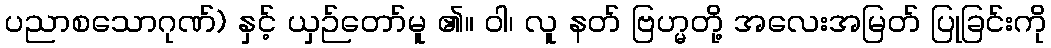
ပညာစသောဂုဏ်) နှင့် ယှဉ်တော်မူ ၏။ ဝါ၊ လူ နတ် ဗြဟ္မတို့ အလေးအမြတ် ပြုခြင်းကို